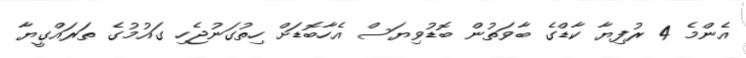
އެންމެ 4 ރުފިޔާ ކާޑްގެ ބާވަތުން ބޮޑުވިޔަސް އެހާބޮޑަށް ހިތުގަނުޖެހި ގައުމުގެ ތަރައްގީޔާ